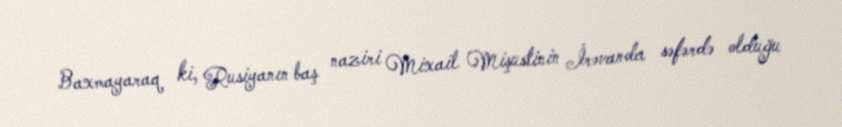
Baxmayaraq ki, Rusiyanın baş naziri Mixail Mişustinin İrəvanda səfərdə olduğu